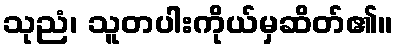
သုညံ၊ သူတပါးကိုယ်မှဆိတ်၏။